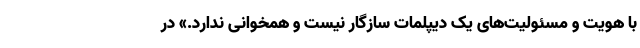
با هویت و مسئولیت‌های یک دیپلمات سازگار نیست و همخوانی ندارد.» در